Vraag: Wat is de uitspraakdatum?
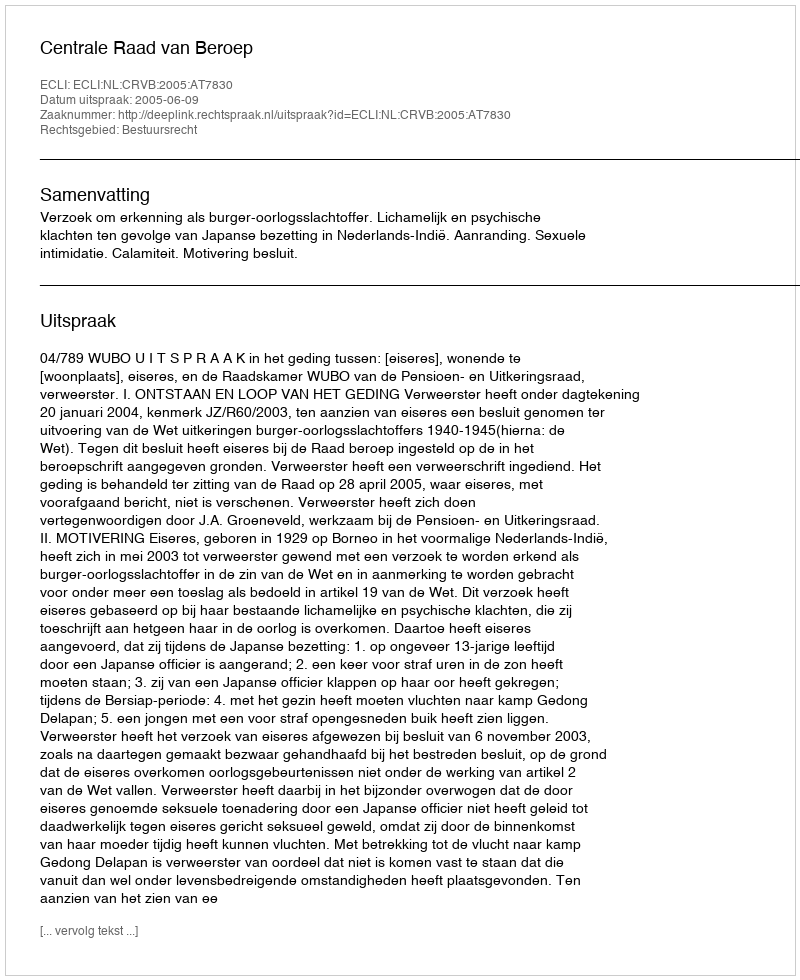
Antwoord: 2005-06-09